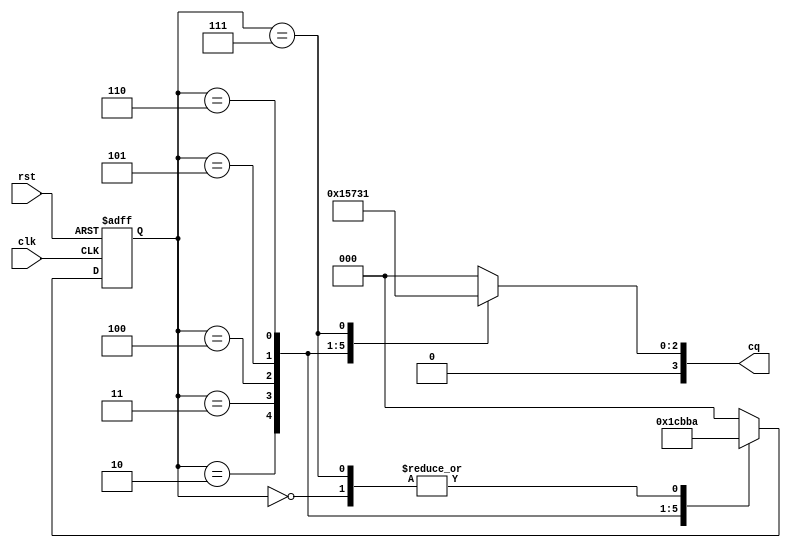
module fsm7(clk,rst,cq);
 input clk;
 input rst;
 output reg[3:0]cq;
 
 //status machine
 //machine state decode
 parameter s1=3'b000;
 parameter s2=3'b010;
 parameter s3=3'b011;
 parameter s4=3'b100;
 parameter s5=3'b101;
 parameter s6=3'b110;
 parameter s7=3'b111;
 //machine variable
 reg [2:0] next_state;
 reg [2:0] current_state;
 //(1)state transfer(shi xv luo ji)
 always@(posedge clk or negedge rst)
 begin
  if(!rst)
  begin 
   current_state<=s1;
  end
  else 
  begin
   current_state<=next_state;
  end
 end
 
 //(2)state switch
 always @(*)
 begin
  case(current_state)
  s1:next_state=s2;
  s2:next_state=s3;
  s3:next_state=s4;
  s4:next_state=s5;
  s5:next_state=s6;
  s6:next_state=s7;
  s7:next_state=s2;
  default:next_state=s1;
  endcase
 end
 //(3)output
 always@(*)
 case(current_state)
 s1:cq=4'b0000;
 s2:cq=4'b0010;
 s3:cq=4'b0101;
 s4:cq=4'b0011;
 s5:cq=4'b0100;
 s6:cq=4'b0110;
 s7:cq=4'b0001;
 default:cq=3'b000;
 endcase

endmodule